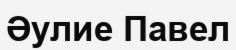
Әулие Павел